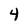
Character: 4